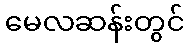
မေလဆန်းတွင်